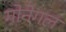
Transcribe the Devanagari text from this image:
गोनेगल